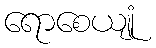
ရောစေယျုံ